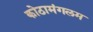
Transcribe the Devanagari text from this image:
कोठामंगलम